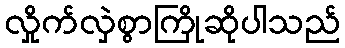
လှိုက်လှဲစွာကြိုဆိုပါသည်